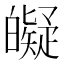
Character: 𤾰